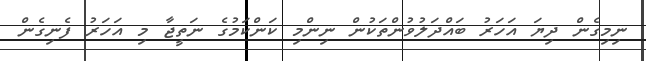
ނިމިގެން ދިޔަ އަހަރު ބައްދަލުވުންތަކުން ނިންމި ކަންކަމުގެ ނަތީޖާ މި އަހަރު ފެނިގެން